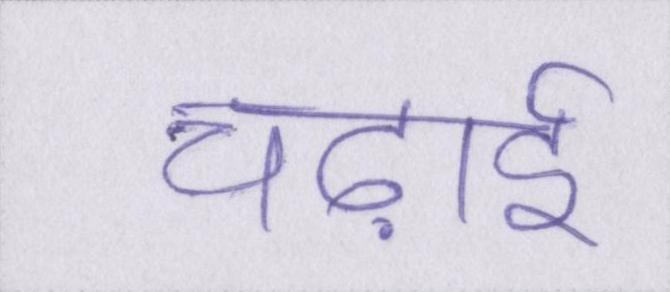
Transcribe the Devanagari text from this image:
चढ़ाई